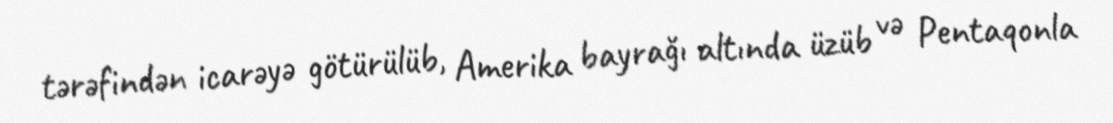
tərəfindən icarəyə götürülüb, Amerika bayrağı altında üzüb və Pentaqonla